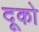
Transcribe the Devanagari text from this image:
दूको